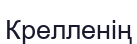
Крелленің